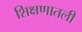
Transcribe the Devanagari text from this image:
शिक्षणातली